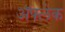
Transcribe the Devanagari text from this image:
अॅफ्लेक